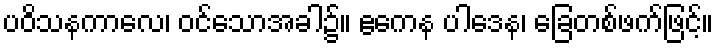
ပဝိသနကာလေ၊ ဝင်သောအခါ၌။ ဧကေန ပါဒေန၊ ခြေတစ်ဖက်ဖြင့်။